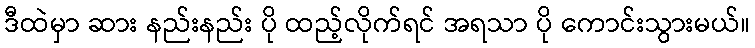
ဒီထဲမှာ ဆား နည်းနည်း ပို ထည့်လိုက်ရင် အရသာ ပို ကောင်းသွားမယ်။